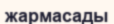
жармасады